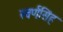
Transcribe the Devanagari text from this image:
स्वर्णसिंह